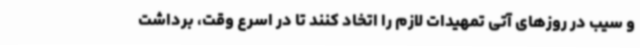
و سیب در روزهای آتی تمهیدات لازم را اتخاد کنند تا در اسرع وقت، برداشت